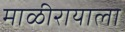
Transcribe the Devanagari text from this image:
माळीरायाला